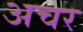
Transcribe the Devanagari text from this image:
अचर